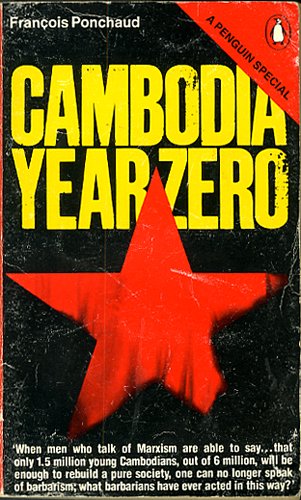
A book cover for Cambodia Year Zero; FRANCOIS PONCHAUD; Travel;